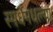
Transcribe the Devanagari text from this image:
स्पर्धेमधल्या